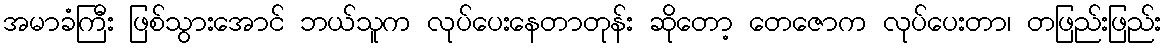
အမာခံကြီး ဖြစ်သွားအောင် ဘယ်သူက လုပ်ပေးနေတာတုန်း ဆိုတော့ တေဇောက လုပ်ပေးတာ၊ တဖြည်းဖြည်း